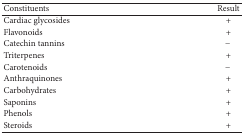
<table><thead><tr><td><b>Constituents</b></td><td><b>Result</b></td></tr></thead><tbody><tr><td>Cardiac glycosides</td><td>+</td></tr><tr><td>Flavonoids</td><td>+</td></tr><tr><td>Catechin tannins</td><td>−</td></tr><tr><td>Triterpenes</td><td>+</td></tr><tr><td>Carotenoids</td><td>−</td></tr><tr><td>Anthraquinones</td><td>+</td></tr><tr><td>Carbohydrates</td><td>+</td></tr><tr><td>Saponins</td><td>+</td></tr><tr><td>Phenols</td><td>+</td></tr><tr><td>Steroids</td><td>+</td></tr></tbody></table>